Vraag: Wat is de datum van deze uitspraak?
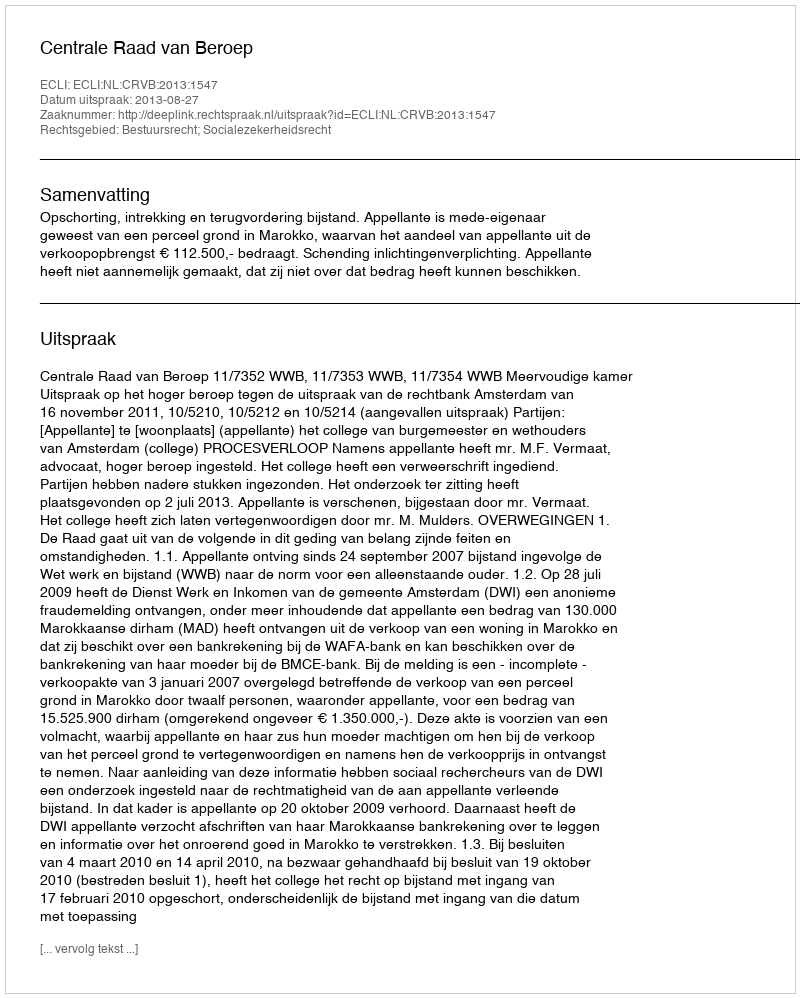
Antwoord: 2013-08-27